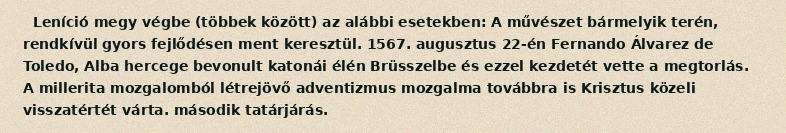
Leníció megy végbe (többek között) az alábbi esetekben: A művészet bármelyik terén, rendkívül gyors fejlődésen ment keresztül. 1567. augusztus 22-én Fernando Álvarez de Toledo, Alba hercege bevonult katonái élén Brüsszelbe és ezzel kezdetét vette a megtorlás. A millerita mozgalomból létrejövő adventizmus mozgalma továbbra is Krisztus közeli visszatértét várta. második tatárjárás.